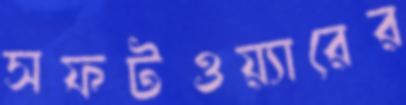
সফটওয়্যারের